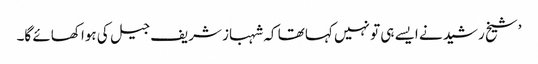
’شیخ رشید نے ایسے ہی تو نہیں کہا تھا کہ شہباز شریف جیل کی ہوا کھائے گا۔